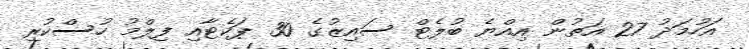
އަހުމަދު 27 އަތުން އިއްޔެ ބުލެޓް ސައިޒުގެ 30 ޕަކެޓާއި ފިލްމު ހުސްކުރި